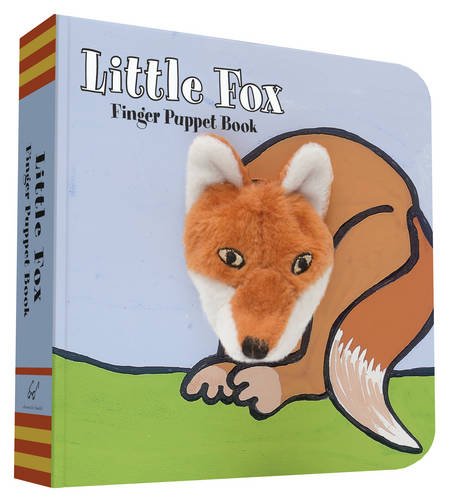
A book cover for Little Fox: Finger Puppet Book (Little Finger Puppet Board Books); ImageBooks; Children's Books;